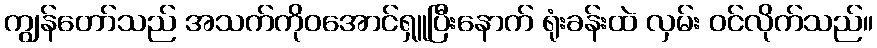
ကျွန်တော်သည် အသက်ကိုဝအောင်ရှူပြီးနောက် ရုံးခန်းထဲ လှမ်း ဝင်လိုက်သည်။